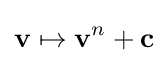
\mathbf {v} \mapsto \mathbf {v} ^{n}+\mathbf {c}